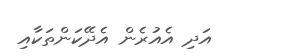
އަދި އެއުރެން އެދޭކަންތަކާއި